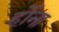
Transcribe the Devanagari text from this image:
होँना